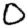
Digit: 0